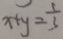
x + y = \frac { 1 } { 3 }